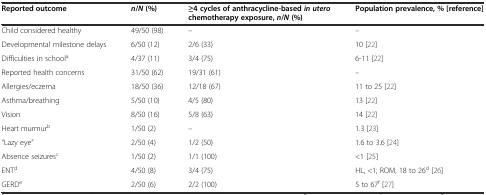
<table><thead><tr><td><b>Reported outcome</b></td><td><b><i>n</i>/<i>N</i>(%)</b></td><td><b>≥4 cycles of anthracycline-based<i>in utero</i>chemotherapy exposure,<i>n</i>/<i>N</i>(%)</b></td><td><b>Population prevalence, % [reference]</b></td></tr></thead><tbody><tr><td>Child considered healthy</td><td>49/50 (98)</td><td>–</td><td>–</td></tr><tr><td>Developmental milestone delays</td><td>6/50 (12)</td><td>2/6 (33)</td><td>10 [22]</td></tr><tr><td>Difficulties in school<sup>a</sup></td><td>4/37 (11)</td><td>3/4 (75)</td><td>6-11 [22]</td></tr><tr><td>Reported health concerns</td><td>31/50 (62)</td><td>19/31 (61)</td><td>–</td></tr><tr><td>Allergies/eczema</td><td>18/50 (36)</td><td>12/18 (67)</td><td>11 to 25 [22]</td></tr><tr><td>Asthma/breathing</td><td>5/50 (10)</td><td>4/5 (80)</td><td>13 [22]</td></tr><tr><td>Vision</td><td>8/50 (16)</td><td>5/8 (63)</td><td>14 [22]</td></tr><tr><td>Heart murmur<sup>b</sup></td><td>1/50 (2)</td><td>–</td><td>1.3 [23]</td></tr><tr><td>“Lazy eye”</td><td>2/50 (4)</td><td>1/2 (50)</td><td>1.6 to 3.6 [24]</td></tr><tr><td>Absence seizures<sup>c</sup></td><td>1/50 (2)</td><td>1/1 (100)</td><td>&lt;1 [25]</td></tr><tr><td>ENT<sup>d</sup></td><td>4/50 (8)</td><td>3/4 (75)</td><td>HL, &lt;1; ROM, 18 to 26<sup>d</sup> [26]</td></tr><tr><td>GERD<sup>e</sup></td><td>2/50 (6)</td><td>2/2 (100)</td><td>5 to 67<sup>f</sup> [27]</td></tr></tbody></table>